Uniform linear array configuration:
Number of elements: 8
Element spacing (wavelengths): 0.5
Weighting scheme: cosine
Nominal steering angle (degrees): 60
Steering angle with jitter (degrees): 61.59
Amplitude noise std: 0.05
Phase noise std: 0.05

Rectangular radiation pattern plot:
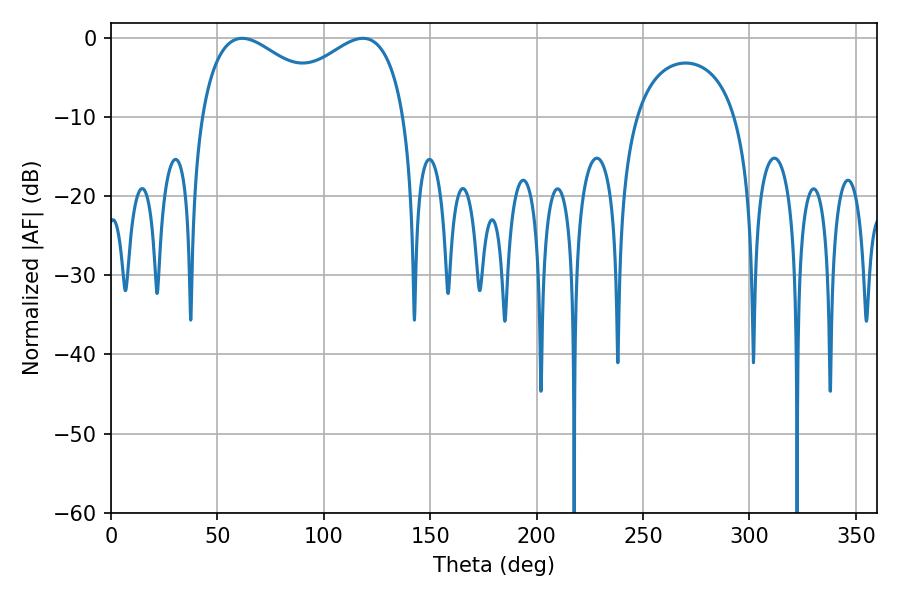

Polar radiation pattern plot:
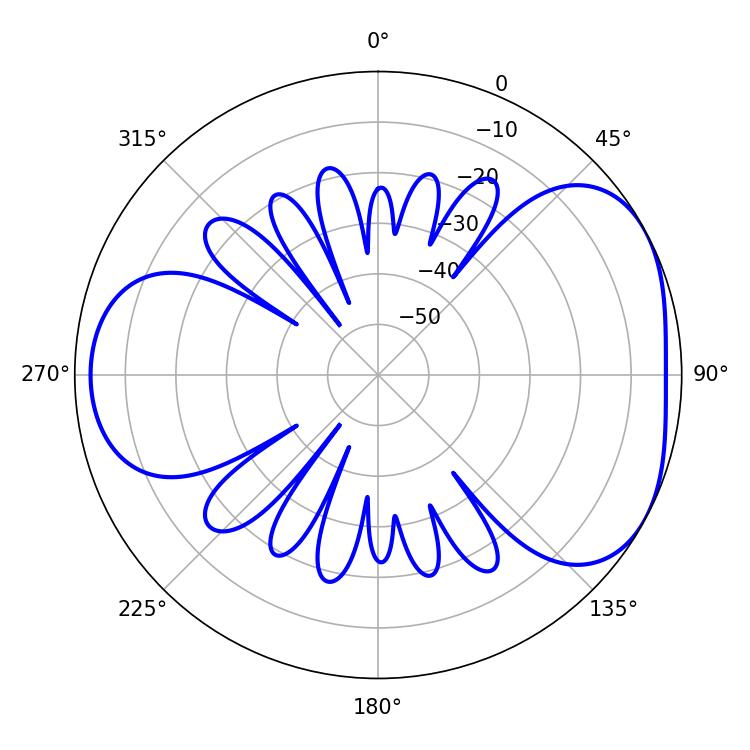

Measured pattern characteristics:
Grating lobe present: FALSE
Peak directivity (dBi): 4.397
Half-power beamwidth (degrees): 36.54
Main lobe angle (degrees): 61.74